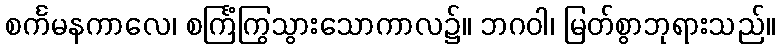
စင်္ကမနကာလေ၊ စင်္ကြံကြွသွားသောကာလ၌။ ဘဂဝါ၊ မြတ်စွာဘုရားသည်။